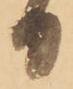
日